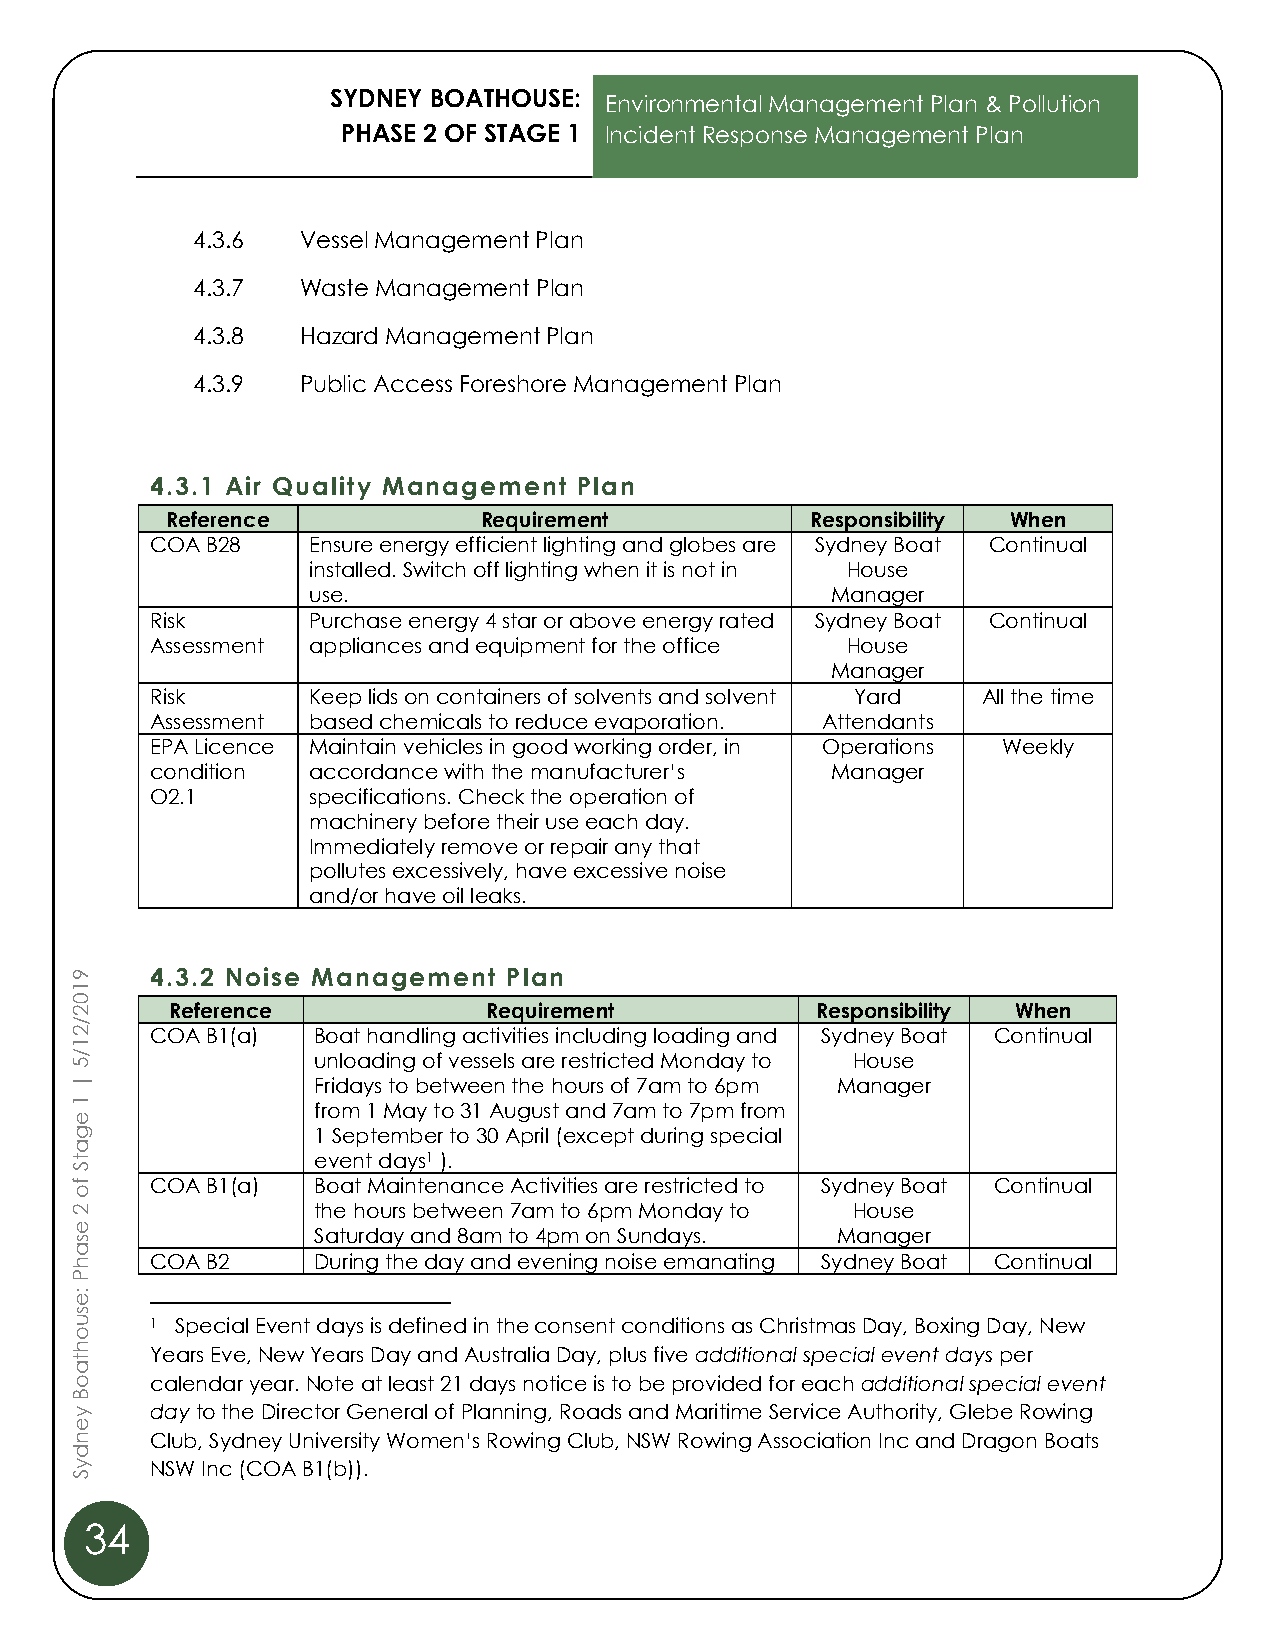
SYDNEY BOATHOUSE:
 Environmental Management Plan & Pollution
 PHASE 2 OF STAGE 1 Incident Response Management Plan
 4.3.6  Vessel Management Plan
 4.3.7  Waste Management Plan
 4.3.8  Hazard Management Plan
 4.3.9  Public Access Foreshore Management Plan
 4.3.1 Air Quality Management Plan
 Reference            Requirement           Responsibility When
 COA B28   Ensure energy efficient lighting and globes are Sydney Boat Continual
 installed. Switch off lighting when it is not in House
 use.                               Manager
 Risk      Purchase energy 4 star or above energy rated Sydney Boat Continual
 Assessment appliances and equipment for the office House
 Manager
 Risk      Keep lids on containers of solvents and solvent Yard All the time
 Assessment based chemicals to reduce evaporation. Attendants
 EPA Licence Maintain vehicles in good working order, in Operations Weekly
 condition accordance with the manufacturer’s Manager
 O2.1      specifications. Check the operation of
 machinery before their use each day.
 Immediately remove or repair any that
 pollutes excessively, have excessive noise
 and/or have oil leaks.
 9    4.3.2 Noise Management  Plan
 1
 0
 2     Reference            Requirement           Responsibility When
 /
 2    COA B1(a)  Boat handling activities including loading and Sydney Boat Continual
 1
 5/              unloading of vessels are restricted Monday to House
 |               Fridays to between the hours of 7am to 6pm Manager
 1
 e
 from 1 May to 31 August and 7am to 7pm from
 g               1 September to 30 April (except during special
 a
 t               event days1 ).
 S
 f o  COA B1(a)  Boat Maintenance Activities are restricted to Sydney Boat Continual
 2               the hours between 7am to 6pm Monday to House
 e
 Saturday and 8am to 4pm on Sundays. Manager
 s
 a
 h    COA B2     During the day and evening noise emanating Sydney Boat Continual
 P
 :e
 s
 u    1 Special Event days is defined in the consent conditions as Christmas Day, Boxing Day, New
 o
 h    Years Eve, New Years Day and Australia Day, plus five additional special event days per
 t
 a
 o    calendar year. Note at least 21 days notice is to be provided for each additional special event
 B
 y    day to the Director General of Planning, Roads and Maritime Service Authority, Glebe Rowing
 e
 n    Club, Sydney University Women’s Rowing Club, NSW Rowing Association Inc and Dragon Boats
 d
 y    NSW Inc (COA B1(b)).
 S
 34